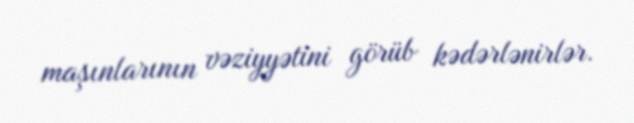
maşınlarının vəziyyətini görüb kədərlənirlər.